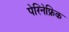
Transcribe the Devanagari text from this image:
पेरिनेफ्रिक